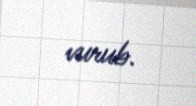
vurub.